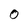
Character: 0